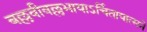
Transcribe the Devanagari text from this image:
बल्लवीवल्लभायाऽर्चितायात्मने